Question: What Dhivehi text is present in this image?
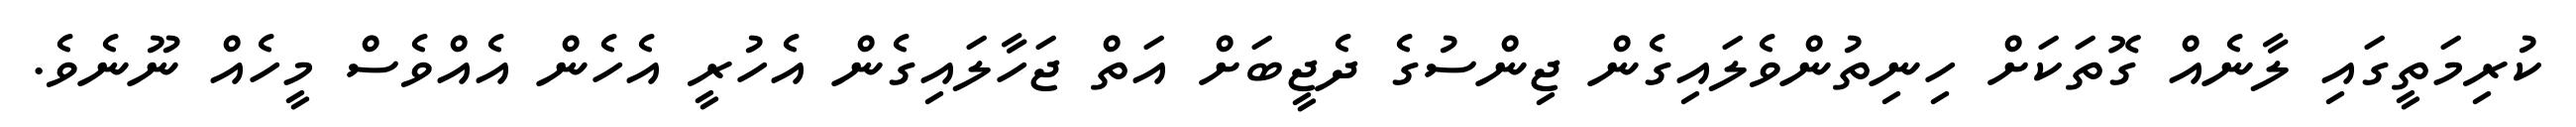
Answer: ކުރިމަތީގައި ލާނެއް ގޮތަކަށް ހިނިތުންވެލައިގެން ޖިންސުގެ ދެޖީބަށް އަތް ޖަހާލައިގެން އެހުރީ އެހެން އެއްވެސް މީހެއް ނޫނެވެ.